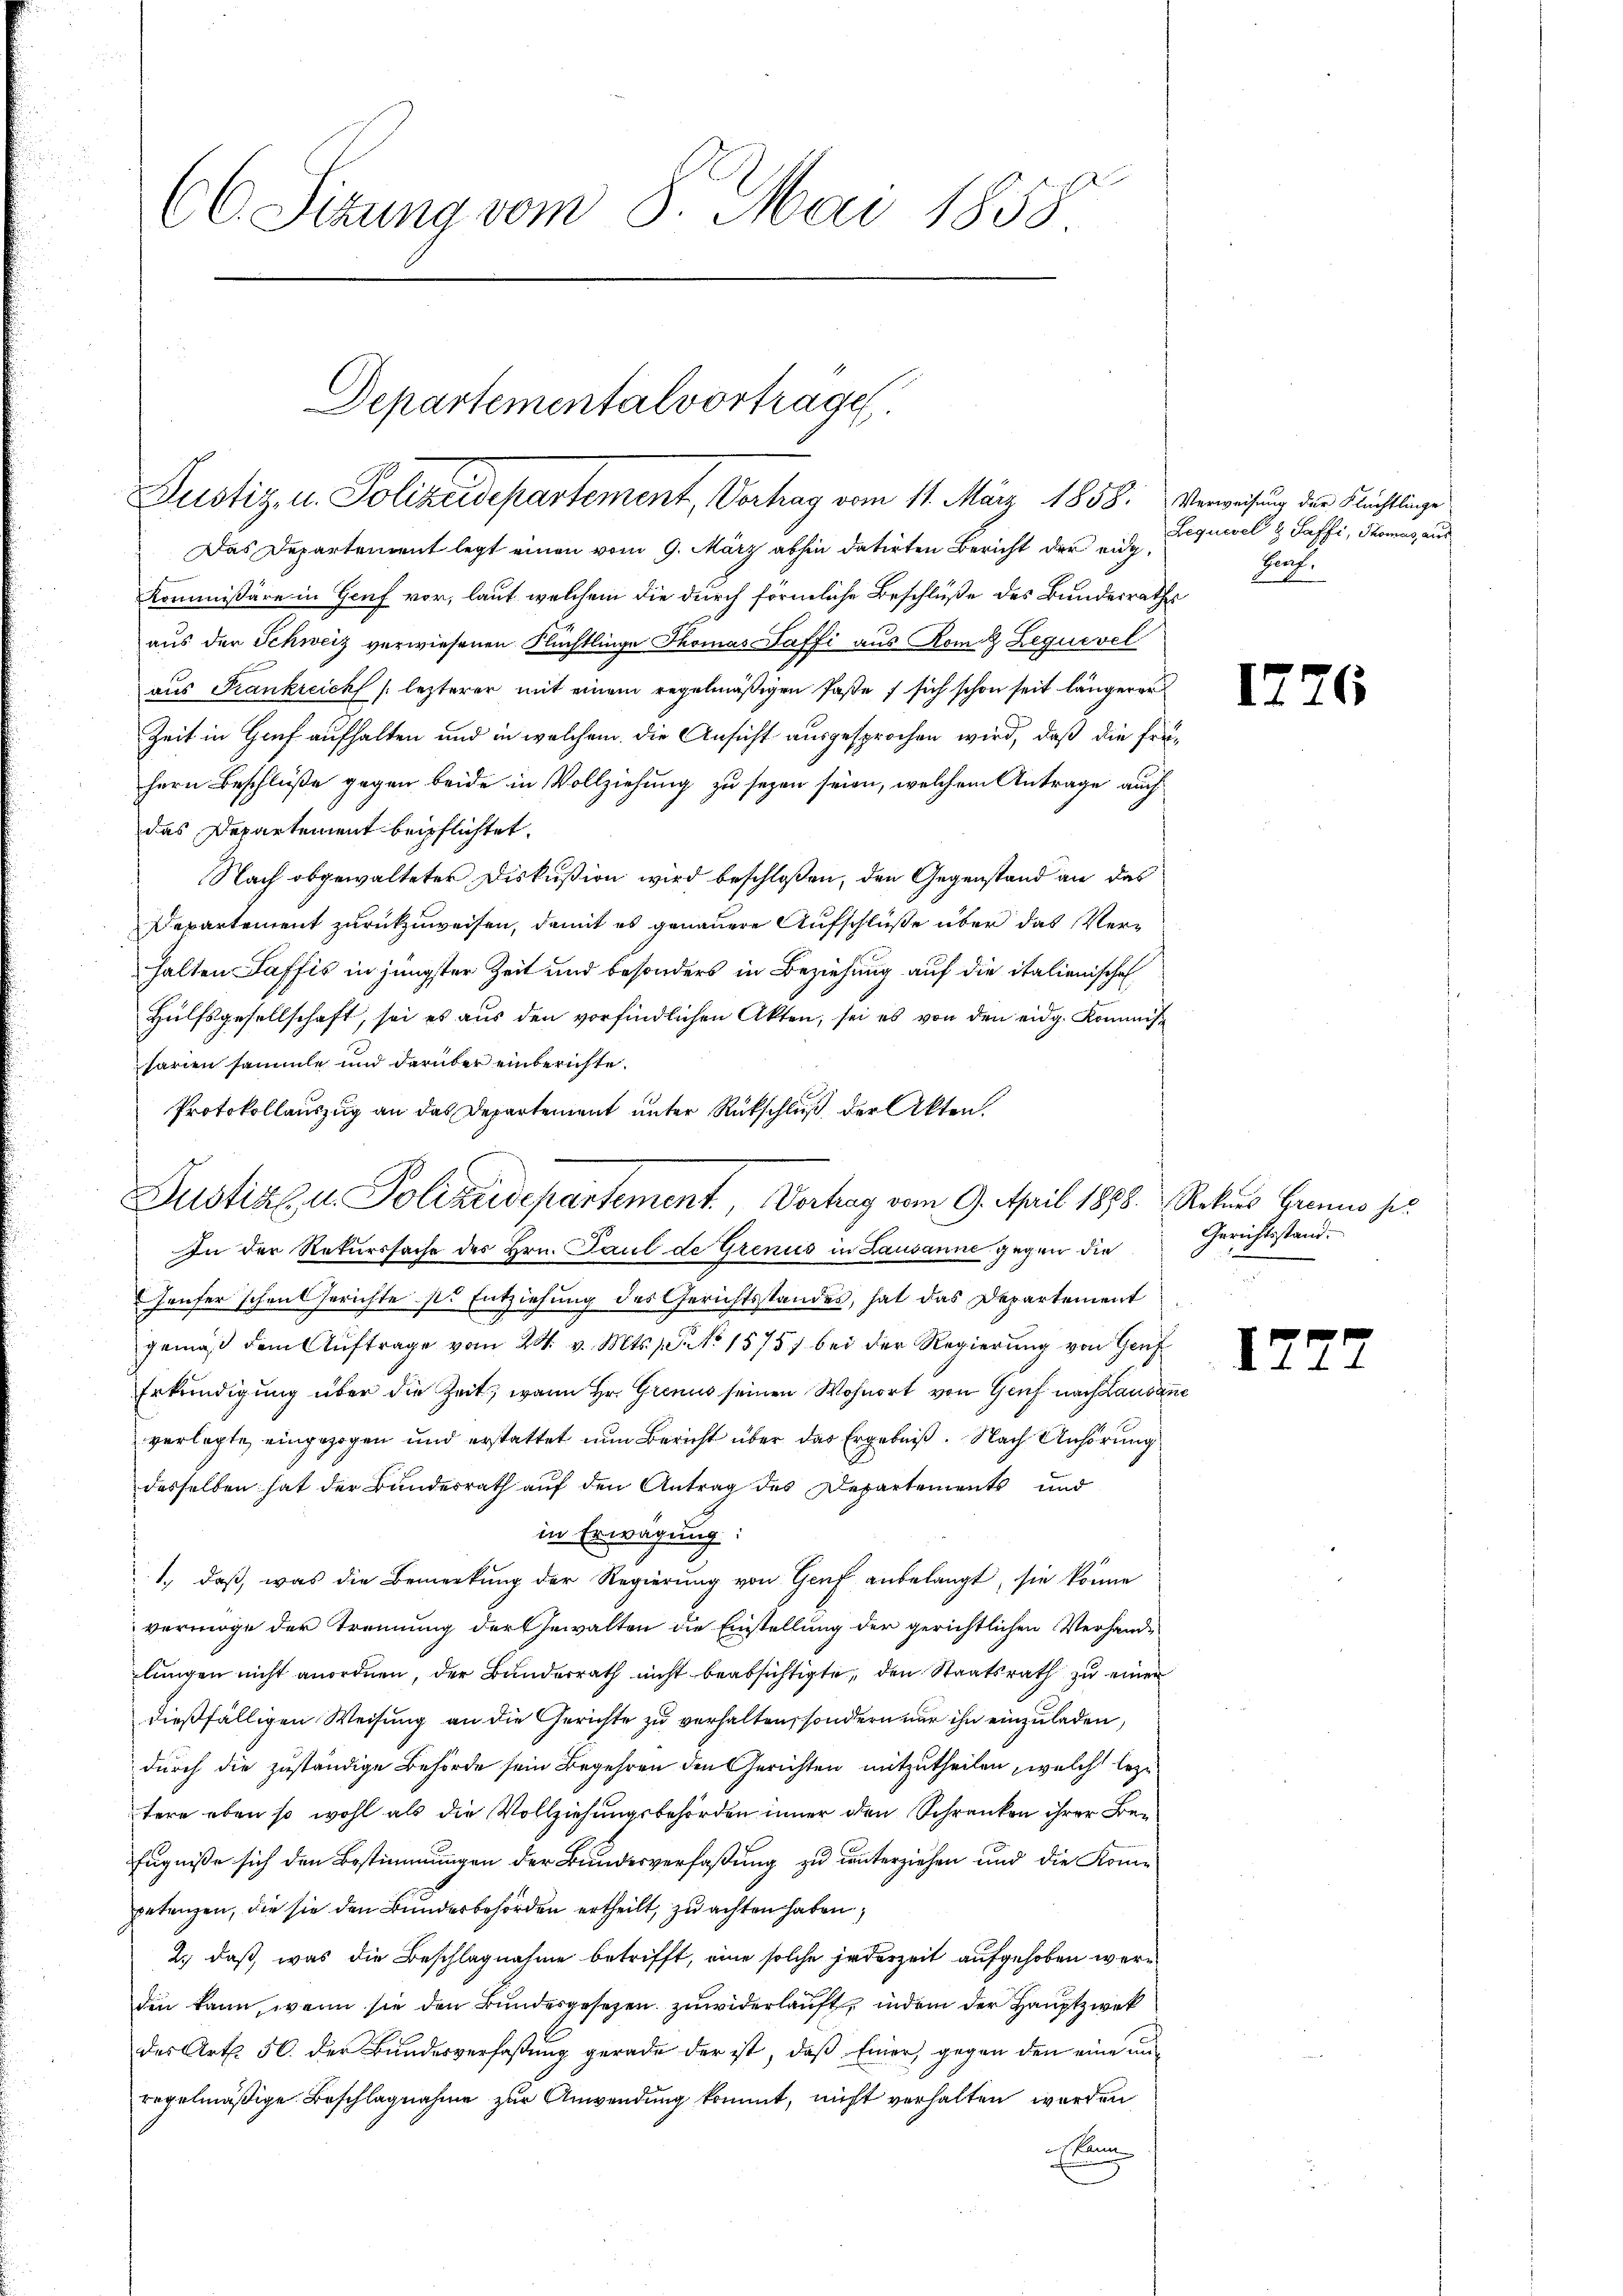
66. Sitzung vom 8. Mai 1858

Das Departement legt einen vom 9. März abhin datirten Bericht der eig¬
Kommissäre in Genf vor, laut welchem die durch förmliche Beschluße des Bundesraaus der Schweiz verwiesenen Flüchtlinge Thomas- Saffi aus Rom & Leguevel
aus Frankreich /: lezterer mit einem regelmäßigen Paße sich schon seit längerer
Zeit in Genf aufhalten und in welchem die Ansicht ausgesprochen wird, daß die Erfern Beschlüße gegen beide in Vollziehung zu seyen seien, welchem Antrage auch
das Departement beipflichtet.
Nach obgewalteter Diskußion wird beschloßen, den Gegenstand an das
Departement zurückzuweisen, damit es genauere Aufschlüße über das Verhalten Saffis in jüngster Zeit und besonders in Beziehung auf die italienische
Hülfsgesellschaft, sei es aus den vorfindlichen Akten, sei es von den eidg. Kommfarien sammle und darüber einberichte.
Protokollauszug an das Departement unter Rückschluß der Akten.
In der Rekurssache des Hrn. Paul de Grenus in Lausanne gegen die
Genfer schen Gerichte s. Entziehung des Gerichtsstandes, hat das Departement
gemäß dem Aŭftrage vom 24. v. Mts. 1. No 1575, bei der Regierung von Genf
Erkundigung über die Zeit, wann Hr. Grenus seinen Wohnort von Genf nach Lausanne
verlegte eingezogen und erstattet nun Bericht über das Ergebniß. Nach Anhörung
desselben hat der Bundesrath auf den Antrag des Departements und
in Erwägung:
1., daß, was die Bemerkung der Regierung von Genf anbelangt, sie könne
vermöge der Trennung der Gewalten die Einstellung der gerichtlichen Verhandlungen nicht anordnen, der Bunderrath nicht beabsichtigte, den Staatsrath zu einer
dießfälligen Weisung an die Gerichte zu verhalten, sondern nur ihn einzuladen,
durch die zuständige Behörde sein Begehren den Gerichten mitzutheilen, welch bezutere eben so wohl als die Vollziehungsbehörden inner den Schranken ihrer Be¬
Eugniße sich den Bestimmungen der Bundesverfaßung zu unterziehen und die Komgetanzen, die sie den Bundesbehörden ertheilt, zu achten haben,
2.) daß, was die Beschlagnahme betrifft, eine solche jederzeit aufgehoben werden kann, wenn sie den Bundesgesetzen zuwiderlauft, indem der Hauptzwek
des Art. 50. der Bundesverfaßung gerade der ist, daß Einer, gegen den eine unregelmäßige Beschlagnahme zur Anwendung kommt, nicht verhalten worden
skun

Departementalvortrage
Justiz- u. Polizeidepartement, Vorhag vom 11. März 1858.

Justiz u. Polizeidepartement. Vertrag vom 9. April 1878. Rohnes Grens ser

Verweisung der Flüchtlinge
Leguevel & Saffi, Thomas aus
Barf.

u
e

17

17

26

Gerichtsstand.
2

77